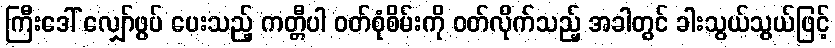
ကြီးဒေါ် လျှော်ဖွပ် ပေးသည့် ကတ္တီပါ ဝတ်စုံစိမ်းကို ဝတ်လိုက်သည့် အခါတွင် ခါးသွယ်သွယ်ဖြင့်